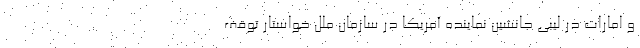
و امارات در لیبی جانشین نماینده آمریکا در سازمان ملل خواستار توقف